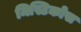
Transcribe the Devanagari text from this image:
मिस्टिकोस